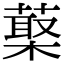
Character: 𦺵